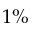
1 \%